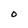
Character: O